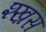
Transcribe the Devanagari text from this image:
श्ख़स